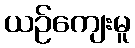
ယဉ်ကျေးမူ